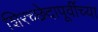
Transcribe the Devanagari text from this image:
शिरच्छेदापूर्वीच्या